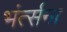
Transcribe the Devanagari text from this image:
भंर्त्सना